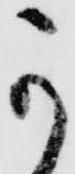
可